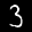
Label: 3